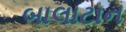
બાલાટાન